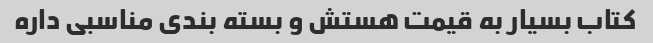
کتاب بسیار به قیمت هستش و بسته بندی مناسبی داره